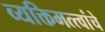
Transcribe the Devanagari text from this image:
व्यक्तिमत्त्वांचे